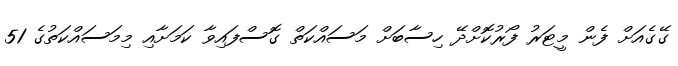
ގޭގެއަށް ފެން މީޓަރު ފޯރުކޮށްދޭ ހިސާބަށް މަސައްކަތް ގޮސްފައިވާ ކަމަށާއި މިމަސައްކަތުގެ 51